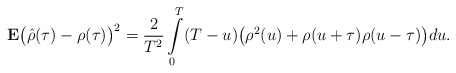
\begin{align*} \mathbf{E}\bigl(\hat{\rho}(\tau)-\rho(\tau)\bigr)^2=\frac{2}{T^2}\int\limits_0^{T}(T-u) \bigl(\rho^2(u)+\rho(u+\tau)\rho(u-\tau)\bigr)du.\end{align*}